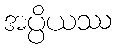
အပ္ပိယဿ